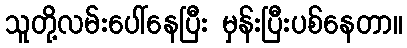
သူတို့လမ်းပေါ်နေပြီး မှန်းပြီးပစ်နေတာ။